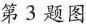
第3题图